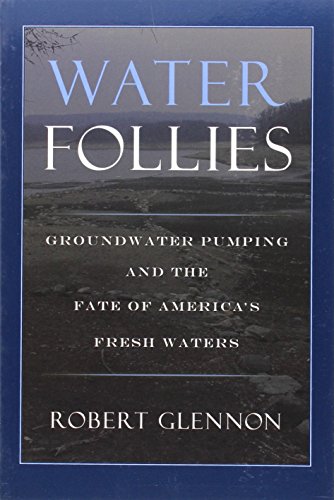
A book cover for Water Follies: Groundwater Pumping And The Fate Of America's Fresh Waters; Dr. Robert Jerome Glennon J.D.  Ph.D; Science & Math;